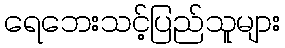
ရေဘေးသင့်ပြည်သူများ